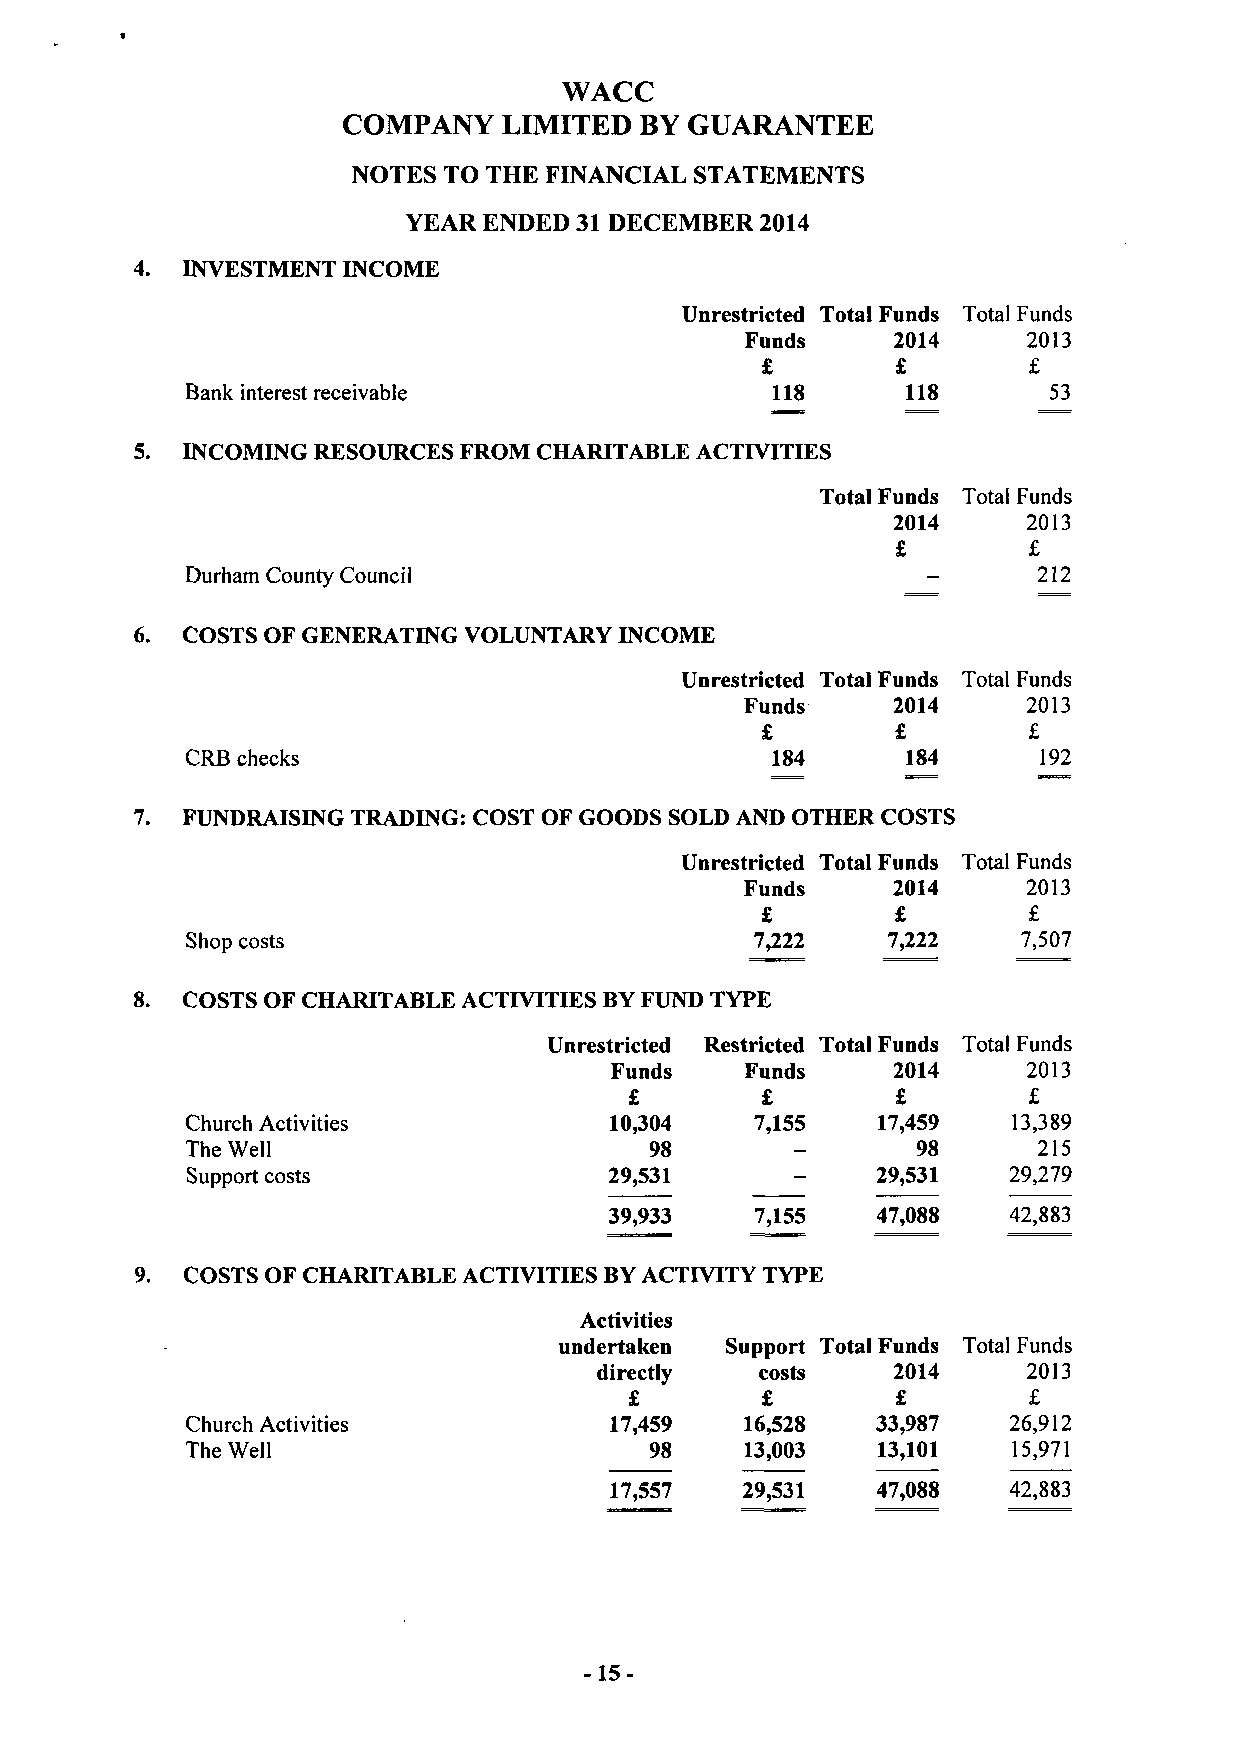
WACC
 COMPANY   LIMITED  BY GUARANTEE
 NOTES TO THE FINANCIAL STATEMENTS
 YEAR ENDED 31 DECEMBER 2014
 4. INVESTMENT INCOME
 Unrestricted Total Funds Total Funds
 Funds     2014     2013
 £        f        £
 Bank interest receivable               118      118       53
 5. INCOMING RESOURCES FROM CHARITABLE ACTIVITIES
 Total Funds Total Funds
 2014     2013
 £        £
 Durham County Council                            -       212
 6. COSTS OF GENERATING VOLUNTARY INCOME
 Unrestricted Total Funds Total Funds
 Funds     2014     2013
 £        £        £
 CRB checks                             184      184      192
 7. FUNDRAISING TRADING: COST OF GOODS SOLD AND OTHER COSTS
 Unrestricted Total Funds Total Funds
 Funds     2014     2013
 £        £        £
 Shop costs                            7,222    7,222    7,507
 8. COSTS OF CHARITABLE ACTIVITIES BY FUND TYPE
 Unrestricted Restricted Total Funds Total Funds
 Funds    Funds     2014     2013
 £       £        £        £
 Church Activities           10,304    7,155   17,459   13,389
 The Well                       98        -       98      215
 Support costs               29,531       -    29,531   29,279
 39,933    7,155   47,088   42,883
 9. COSTS OF CHARITABLE ACTIVITIES BY ACTIVITY TYPE
 Activities
 undertaken Support Total Funds Total Funds
 directly  costs    2014     2013
 £       £        £        £
 Church Activities           17,459   16,528   33,987   26,912
 The Well                       98    13,003   13,101   15,971
 17,557   29,531   47,088   42,883
 -15-